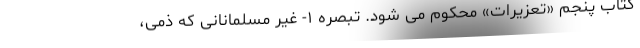
کتاب پنجم «تعزیرات» محکوم می شود. تبصره ۱- غیر مسلمانانی که ذمی،